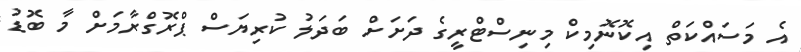
އެ މަސައްކަތް އިކޮނޮމިކް މިނިސްޓްރީގެ ދަށަށް ބަދަލު ކުރިޔަސް ޕްރޮގްރާމަށް މާ ބޮޑު